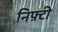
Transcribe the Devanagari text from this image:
निफ़्टी